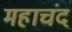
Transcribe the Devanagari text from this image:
महाचंद